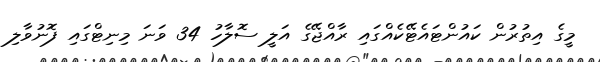
މީގެ އިތުރުން ކައުންޓައެޓޭކެއްގައި ރާއްޖޭގެ އަލީ ސޮލާހު 34 ވަނަ މިނިޓްގައި ފޮނުވާލި